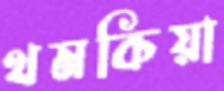
থমকিয়া